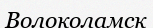
Волоколамск